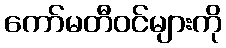
ကော်မတီဝင်များကို